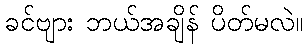
ခင်ဗျား ဘယ်အချိန် ပိတ်မလဲ။